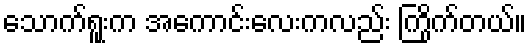
သောက်ရူးက အကောင်းလေးကလည်း ကြိုက်တယ်။